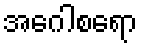
အဂေါစရော